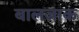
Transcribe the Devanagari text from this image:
बालजाक